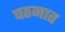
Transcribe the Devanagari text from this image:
पठनात